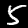
Digit: 5